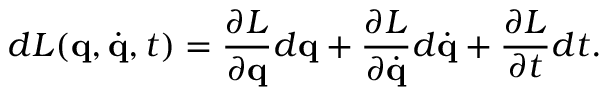
d L ( \mathbf { q } , { \dot { \mathbf { q } } } , t ) = { \frac { \partial L } { \partial \mathbf { q } } } d \mathbf { q } + { \frac { \partial L } { \partial { \dot { \mathbf { q } } } } } d { \dot { \mathbf { q } } } + { \frac { \partial L } { \partial t } } d t .